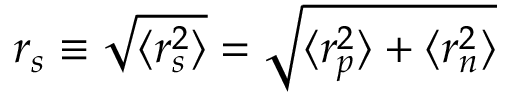
r _ { s } \equiv \sqrt { \langle r _ { s } ^ { 2 } \rangle } = \sqrt { \langle r _ { p } ^ { 2 } \rangle + \langle r _ { n } ^ { 2 } \rangle }